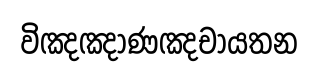
විඤඤාණඤචායතන